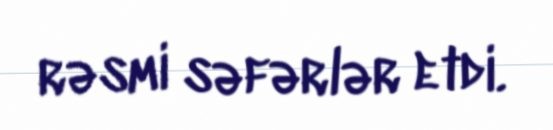
rəsmi səfərlər etdi.